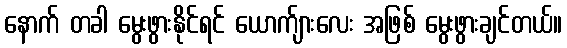
နောက် တခါ မွေးဖွားနိုင်ရင် ယောက်ျားလေး အဖြစ် မွေးဖွားချင်တယ်။